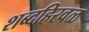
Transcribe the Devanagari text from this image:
शब्दहिरवळ